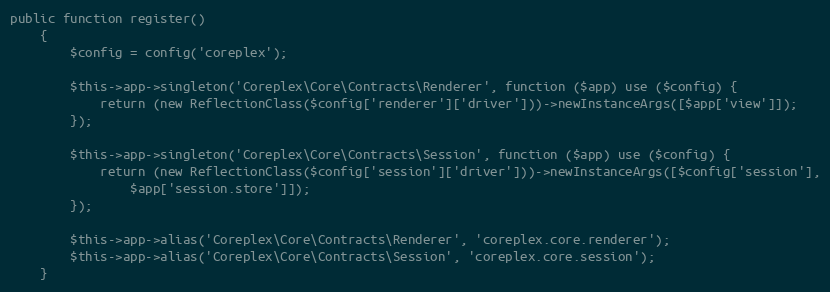
Language: PHP
public function register()
    {
        $config = config('coreplex');

        $this->app->singleton('Coreplex\Core\Contracts\Renderer', function ($app) use ($config) {
            return (new ReflectionClass($config['renderer']['driver']))->newInstanceArgs([$app['view']]);
        });

        $this->app->singleton('Coreplex\Core\Contracts\Session', function ($app) use ($config) {
            return (new ReflectionClass($config['session']['driver']))->newInstanceArgs([$config['session'],
                $app['session.store']]);
        });

        $this->app->alias('Coreplex\Core\Contracts\Renderer', 'coreplex.core.renderer');
        $this->app->alias('Coreplex\Core\Contracts\Session', 'coreplex.core.session');
    }